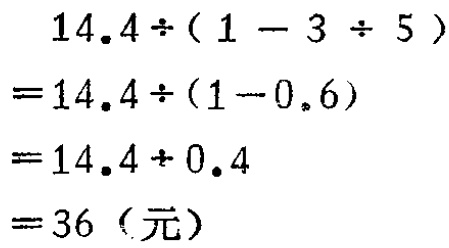
\[
\begin{align*}
&14.4\div(1 - 3\div5)\\
=&14.4\div(1 - 0.6)\\
=&14.4\div0.4\\
=&36\ (\text{元})
\end{align*}
\]